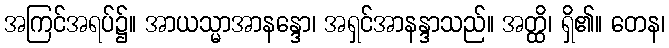
အကြင်အရပ်၌။ အာယသ္မာအာနန္ဒော၊ အရှင်အာနန္ဒာသည်။ အတ္ထိ၊ ရှိ၏။ တေန၊